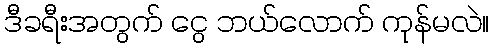
ဒီခရီးအတွက် ငွေ ဘယ်လောက် ကုန်မလဲ။